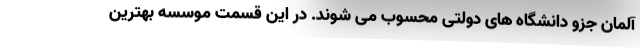
آلمان جزو دانشگاه های دولتی محسوب می شوند. در این قسمت موسسه بهترین